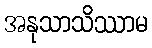
အနုသာသိဿာမ